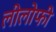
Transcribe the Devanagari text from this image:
लीलोफी